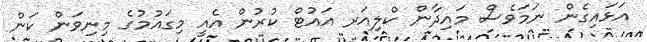
އަޅައިގެން ނަމަވެސް މައިދާން ކްލިއަރ އައުޓް ކުރުން އެއީ މިގައުމުގެ މިނިވަން ކަން